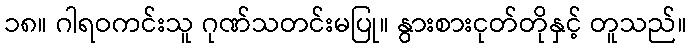
၁၈။ ဂါရဝကင်းသူ ဂုဏ်သတင်းမပြု။ နွားစားငုတ်တိုနှင့် တူသည်။